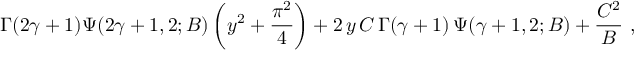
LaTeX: \Gamma ( 2 \gamma + 1 ) \Psi ( 2 \gamma + 1 , 2 ; B ) \left( y ^ { 2 } + \frac { \pi ^ { 2 } } { 4 } \right) + 2 \, y \, C \, \Gamma ( \gamma + 1 ) \, \Psi ( \gamma + 1 , 2 ; B ) + \frac { C ^ { 2 } } { B } ~ ,